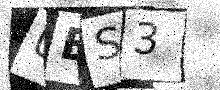
Text: UBS3